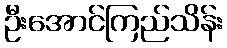
ဦးအောင်ကြည်သိန်း